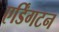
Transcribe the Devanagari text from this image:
एर्डिंगटन